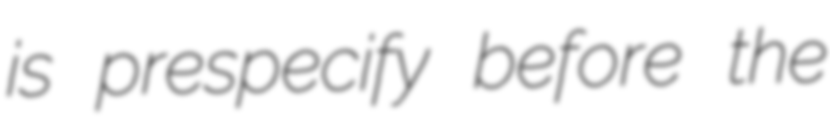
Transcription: is prespecify before the